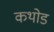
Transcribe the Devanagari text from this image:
कथोड